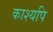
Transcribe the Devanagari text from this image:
काश्यपि